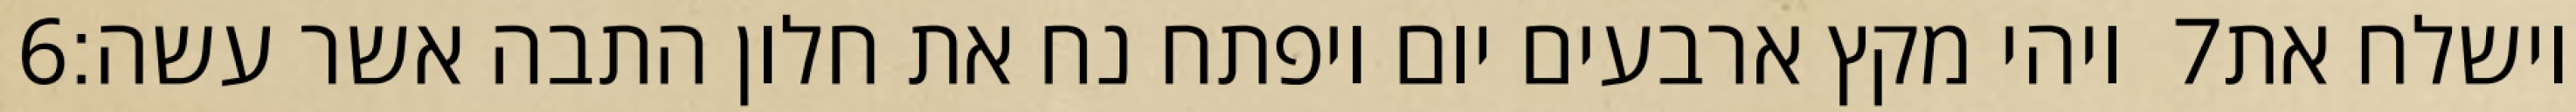
‎6‏ ויהי מקץ ארבעים יום ויפתח נח את חלון התבה אשר עשה׃ ‎7‏ וישלח את